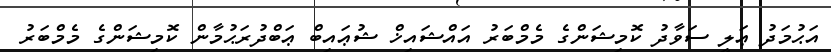
އަޙުމަދު ޢަލީ ސަވާދު ކޮމިޝަންގެ މެމްބަރު އައްޝައިޚް ޝުޢައިބް ޢަބްދުރަޙުމާން ކޮމިޝަންގެ މެމްބަރު